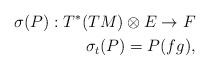
\begin{align*}\sigma(P):T^*(TM)\otimes E\rightarrow F\\\sigma_t(P)=P(fg),\end{align*}